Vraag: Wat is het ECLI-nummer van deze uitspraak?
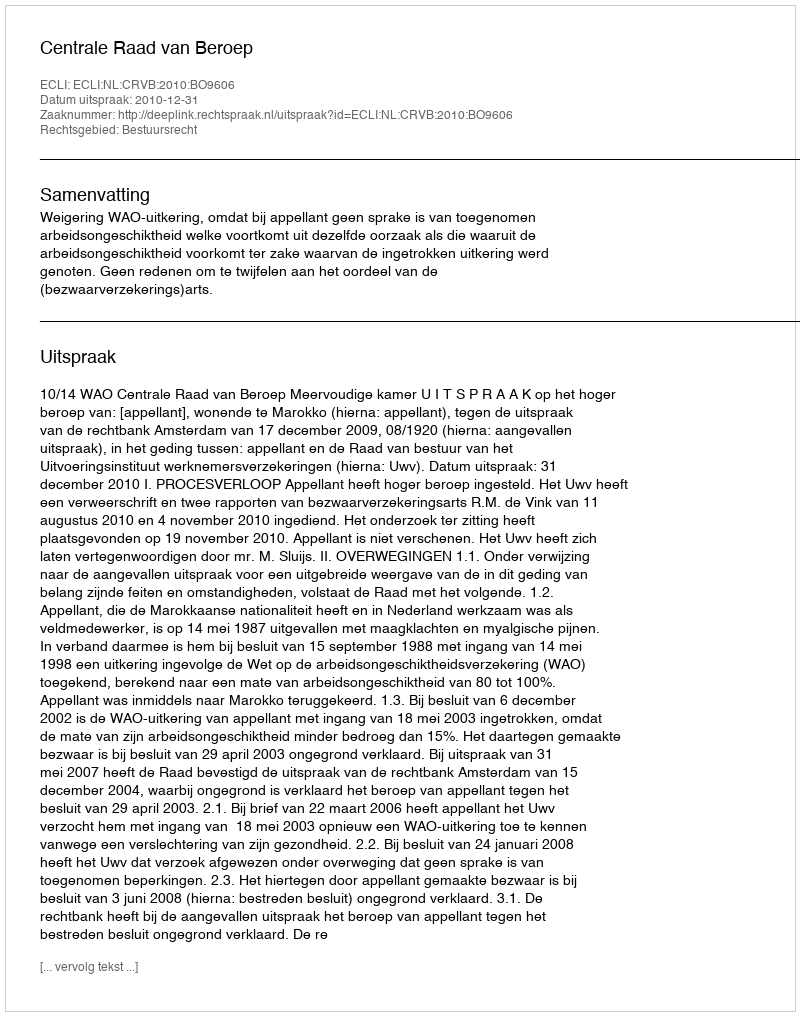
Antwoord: ECLI:NL:CRVB:2010:BO9606